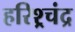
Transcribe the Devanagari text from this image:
हरिश्र्चंद्र